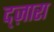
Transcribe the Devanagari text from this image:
द्ज़ारा